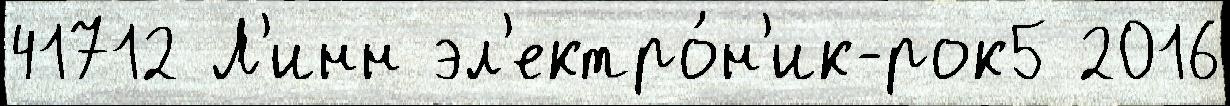
41712 Л'инн эл'ектро́н'ик-рок5 2016